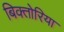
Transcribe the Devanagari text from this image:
बिक्तोरिया